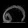
Digit: ၈